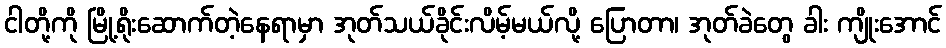
ငါတို့ကို မြို့ရိုးဆောက်တဲ့နေရာမှာ အုတ်သယ်ခိုင်းလိမ့်မယ်လို့ ပြောတာ၊ အုတ်ခဲတွေ ခါး ကျိုးအောင်